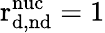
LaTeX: \mathrm{r_{d,nd}^{nuc}}=1